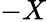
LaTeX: -X